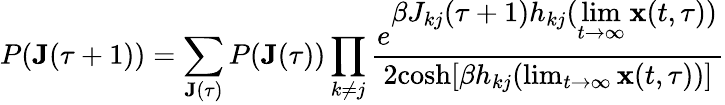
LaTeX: P(\mathbf{J}(\tau+1))=\sum_{\mathbf{J}(\tau)}P(\mathbf{J}(\tau))\prod_{k\neq j}\frac{e^{\displaystyle\beta J_{kj}(\tau+1)h_{kj}(\operatorname*{lim}_{t\rightarrow\infty}\mathbf{x}(t,\tau))}}{2\mathrm{cosh}[\beta h_{kj}(\operatorname*{lim}_{t\rightarrow\infty}\mathbf{x}(t,\tau))]}